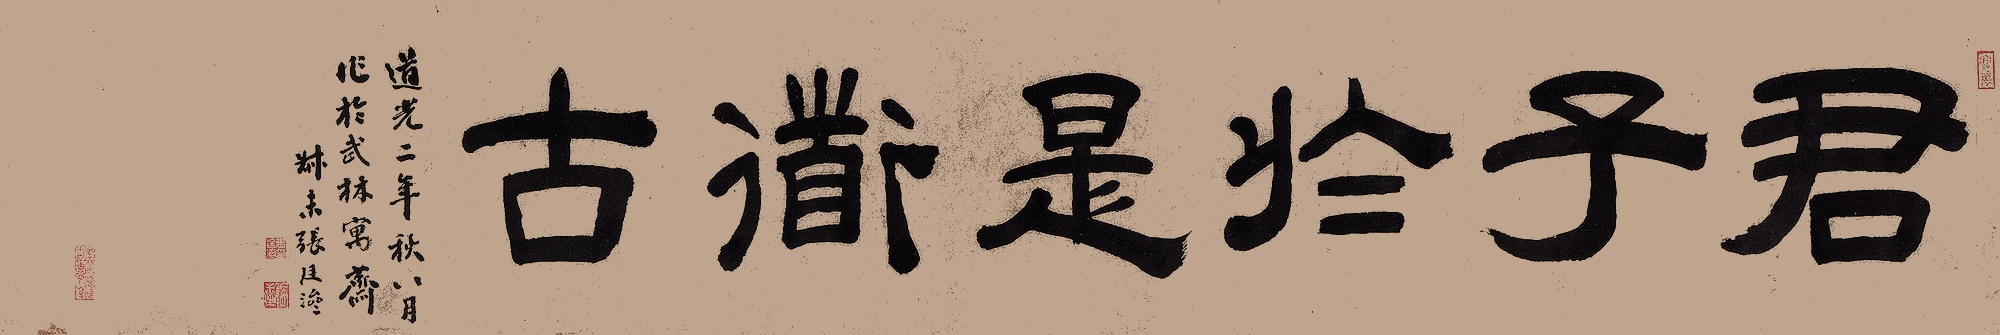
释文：君子于是道古道光二年秋八月作于武林寓斋。叔未张廷济。